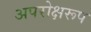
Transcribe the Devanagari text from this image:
अपरोक्षरूप